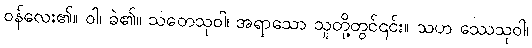
ဝန်လေး၏။ ဝါ၊ ခဲ၏။ သတေသုဝါ၊ အရာသော သူတို့တွင်၎င်း။ သဟ ဿေသုဝါ၊